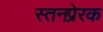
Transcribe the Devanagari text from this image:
स्तनप्रेरक